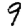
Digit: 9